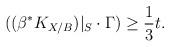
LaTeX: \begin{align*} ((\beta^*K_{X/B})|_S \cdot \Gamma) \ge \frac{1}{3} t.\end{align*}